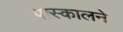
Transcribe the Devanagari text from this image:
पास्कालने